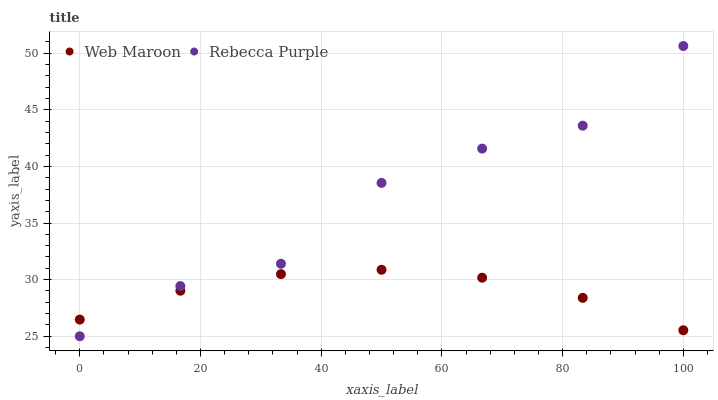
| xaxis_label | Web Maroon | Rebecca Purple |
 | --- | --- | --- |
 | 0 | 26.5 | 25 |
 | 16.7 | 29 | 29.4 |
 | 33.3 | 30.5 | 31.4 |
 | 50 | 30.9 | 38.5 |
 | 66.7 | 30.2 | 41.6 |
 | 83.3 | 28.4 | 43.6 |
 | 100 | 25.5 | 50.6 |